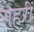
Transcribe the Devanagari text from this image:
गहरीं